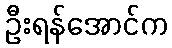
ဦးရန်အောင်က